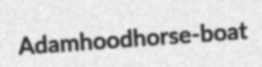
Adamhood horse-boat